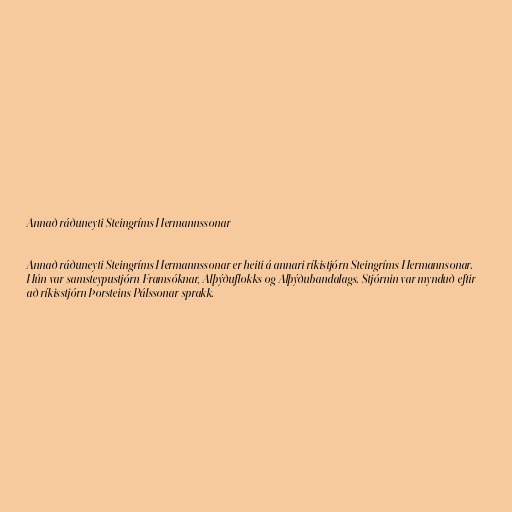
Annað ráðuneyti Steingríms Hermannssonar

Annað ráðuneyti Steingríms Hermannssonar er heiti á annari ríkistjórn Steingríms Hermannsonar.
Hún var samsteypustjórn Framsóknar, Alþýðuflokks og Alþýðubandalags. Stjórnin var mynduð eftir
að ríkisstjórn Þorsteins Pálssonar sprakk.